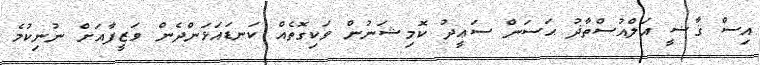
އިސް ޤާޟީ އަލްއުސްތާޛު ޙަސަން ސަޢީދު ކޮމިޝަނުން ވަކިގޮތެއް ކަނޑައަޅަންދެން ވަޒީފާއަށް ނުނިކުމެ